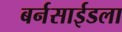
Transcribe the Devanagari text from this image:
बर्नसाईडला